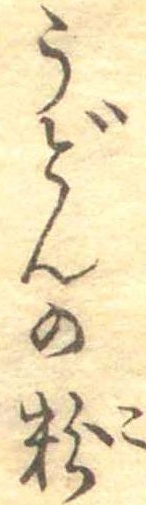
うどんの粉